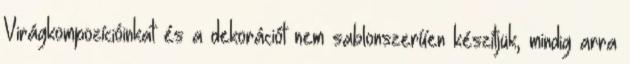
Virágkompozícióinkat és a dekorációt nem sablonszerűen készítjük, mindig arra